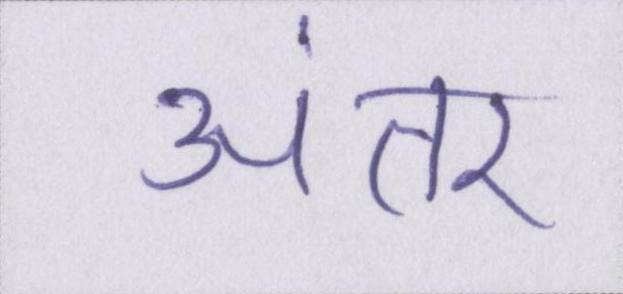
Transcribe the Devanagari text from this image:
अंतर